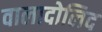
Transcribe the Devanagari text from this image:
वालादोलिद